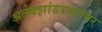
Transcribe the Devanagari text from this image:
अलेक्झांडरबरोबर